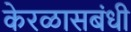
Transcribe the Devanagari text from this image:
केरळासबंधी